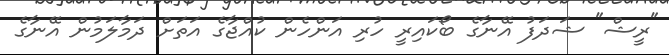
"ރީޝް" ޝަދަފު އޭނާގެ ބޯކައިރީ ހުރި އަންހެން ކުއްޖާގެ އަތަށް ދަމާލަމުން އޭނާގެ